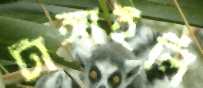
টাঙ্গাইলি